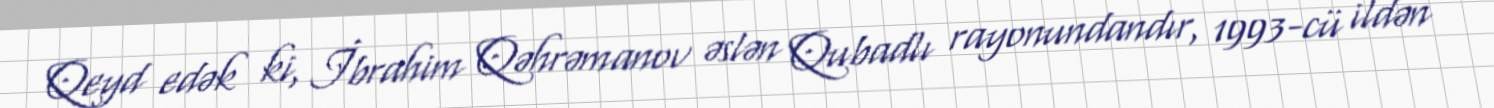
Qeyd edək ki, İbrahim Qəhrəmanov əslən Qubadlı rayonundandır, 1993-cü ildən